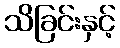
သိခြင်းနှင့်